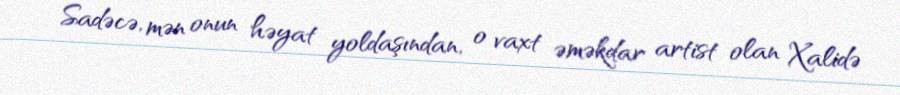
Sadəcə, mən onun həyat yoldaşından, o vaxt əməkdar artist olan Xalidə